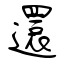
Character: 還